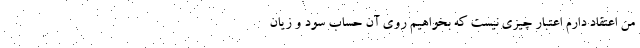
من اعتقاد دارم اعتبار چیزی نیست که بخواهیم روی آن حساب سود و زیان